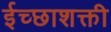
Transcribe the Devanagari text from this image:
ईच्छाशक्ती